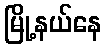
မြို့နယ်နေ